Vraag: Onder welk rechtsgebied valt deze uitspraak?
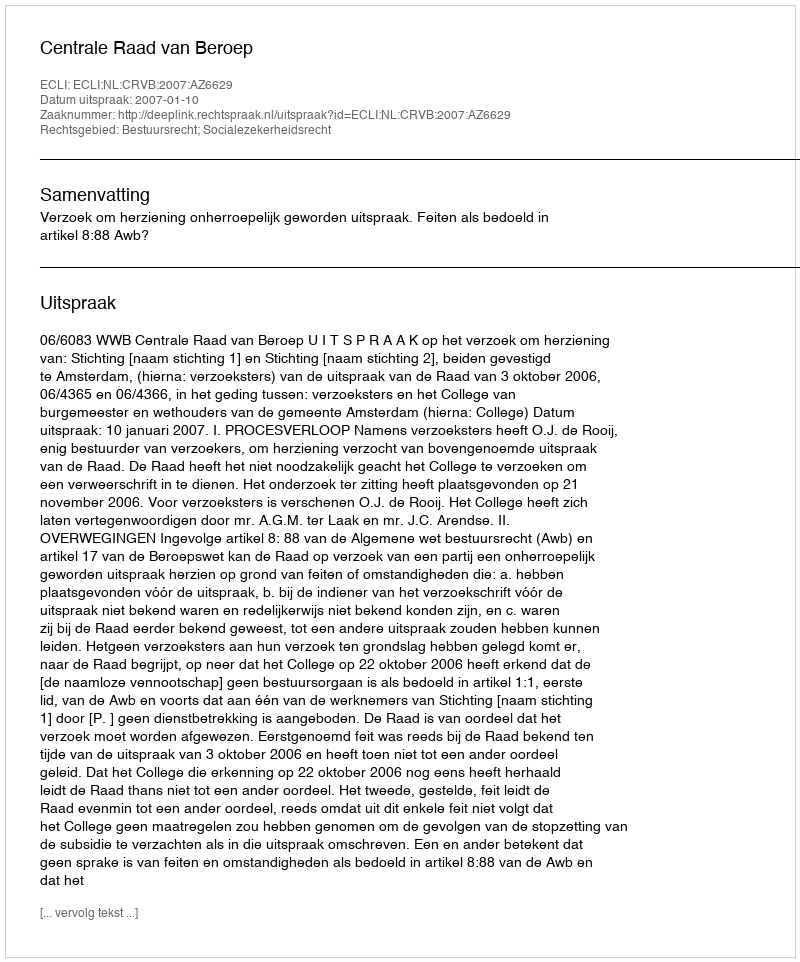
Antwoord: Bestuursrecht; Socialezekerheidsrecht